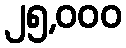
၂၅,၀၀၀